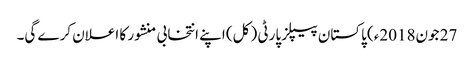
27 جون2018ء) پاکستان پیپلز پارٹی ( کل) اپنے انتخابی منشور کا اعلان کرے گی۔